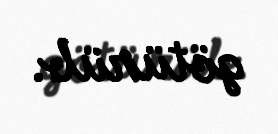
götürüb.